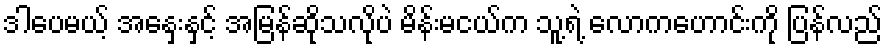
ဒါပေမယ့် အနှေးနှင့် အမြန်ဆိုသလိုပဲ မိန်းမငယ်က သူ့ရဲ့ လောကဟောင်းကို ပြန်လည်